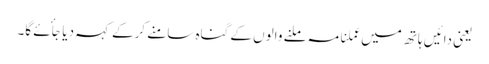
یعنی دائیں ہاتھ میں عملنامہ ملنے والوں کے گناہ سامنے کرکے کہہ دیا جأئے گا۔